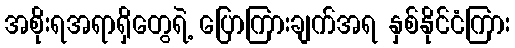
အစိုးရအရာရှိတွေရဲ့ ပြောကြားချက်အရ နှစ်နိုင်ငံကြား